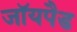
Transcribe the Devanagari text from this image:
जॉयपैड